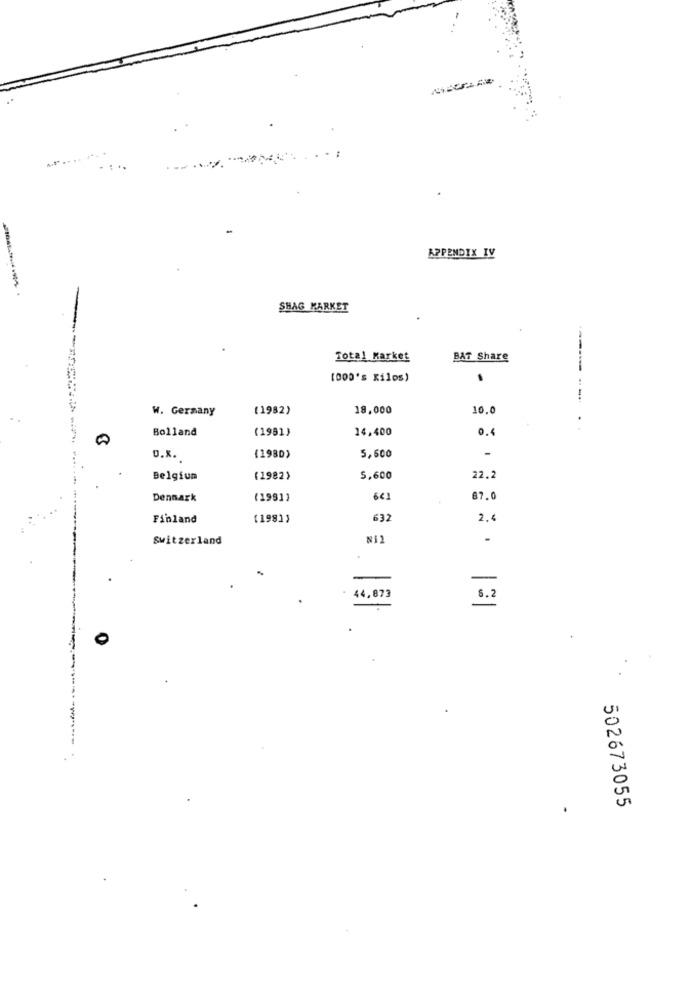
APPENDIX IV
SHAG MARKET
Total Karket
BAT Share
(000's Kilos)
-
------ ----
W. Germany
(1982)
18,000
10.0
Bolland
(1981)
14,400
0.4
0.x.
(1980)
5,600
Belgium
(1982)
5,600
22.2
Dennark
(198])
6€
87.0
Finland
(1981)
632
2.4
Switzerland
Ni2
.
.
44,873
5.2
O
502673055